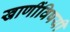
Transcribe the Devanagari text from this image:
खाणींविषयी